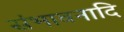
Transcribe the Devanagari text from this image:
संभावनादि